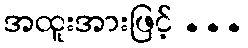
အထူးအားဖြင့် ...